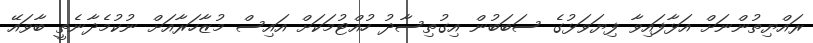
ރައްޔިތުންނަށް އަޅާފައިވާ ފިޔަވަޅުގެ ސަބަބުން އިގުތިސާދު ހުއްޓުމަކަށް އައިސް މުޒާހަރާއަށް ނުކުމެދާނެތީ ބާވައޭ